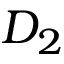
D _ { 2 }